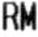
RM